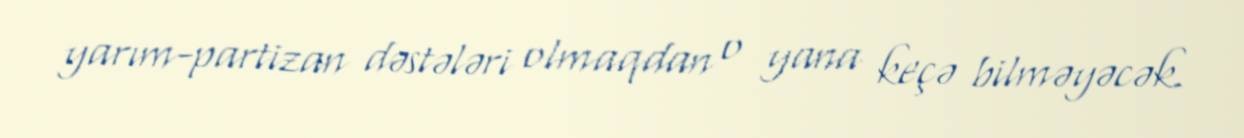
yarım-partizan dəstələri olmaqdan o yana keçə bilməyəcək.